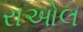
રાઓલ